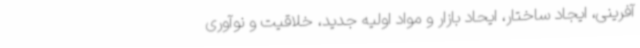
آفرینی، ایجاد ساختار، ایحاد بازار و مواد اولیه جدید، خلاقیت و نوآوری